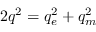
2 q ^ { 2 } = q _ { e } ^ { 2 } + q _ { m } ^ { 2 }